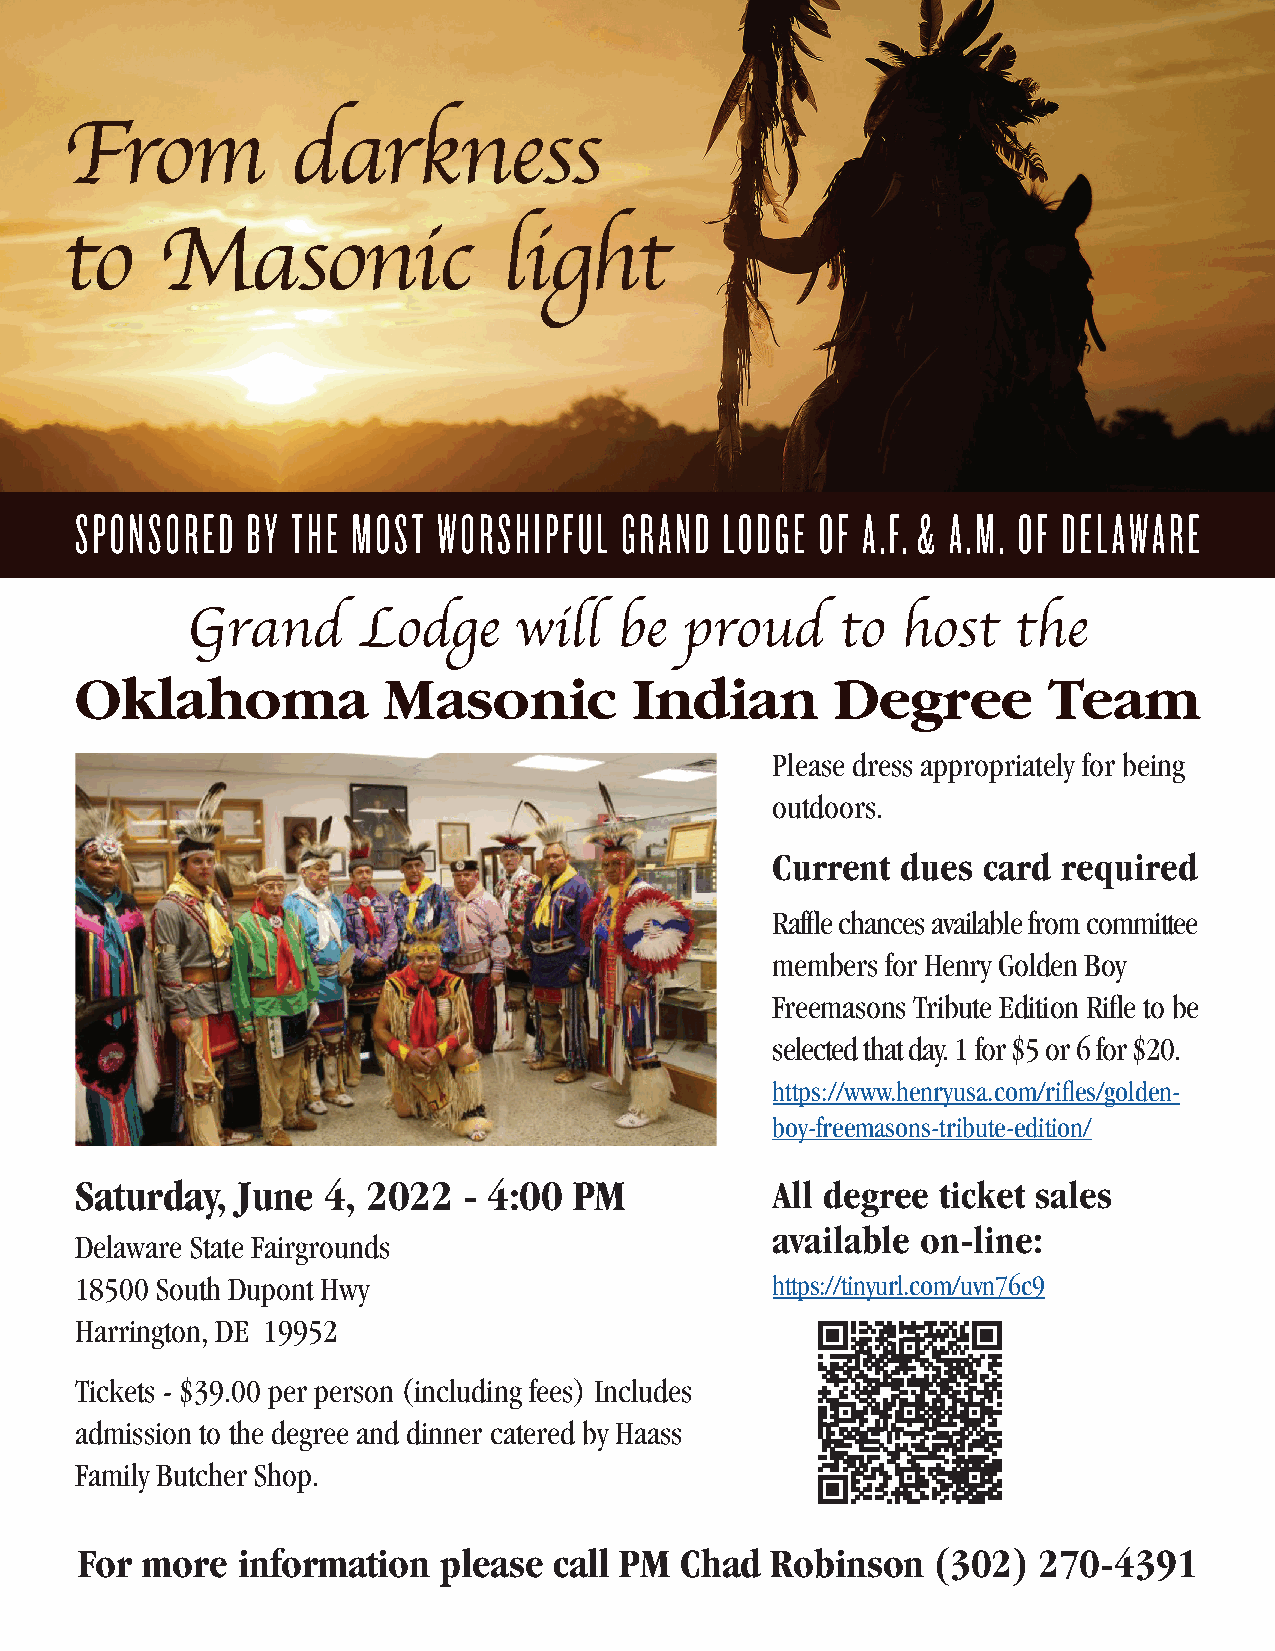
SPONSORED  BY THE MOST  WORSHIPFUL  GRAND  LODGE OF A.F. & A.M. OF DELAWARE
 Grand       Lodge     will   be  proud      to  host   the
 Oklahoma            Masonic          Indian       Degree        Team
 Please dress appropriately for being
 outdoors.
 Current  dues card required
 Raffle chances available from committee
 members for Henry Golden Boy
 Freemasons Tribute Edition Rifle to be
 selected that day. 1 for $5 or 6 for $20.
 https://www.henryusa.com/rifles/golden-
 boy-freemasons-tribute-edition/
 Saturday,  June 4, 2022   - 4:00 PM           All degree ticket sales
 available on-line:
 Delaware State Fairgrounds
 18500 South Dupont Hwy                        https://tinyurl.com/uvn76c9
 Harrington, DE 19952
 Tickets - $39.00 per person (including fees) Includes
 admission to the degree and dinner catered by Haass
 Family Butcher Shop.
 For more   information  please  call PM Chad  Robinson   (302)  270-4391